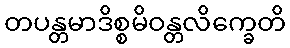
တပန္တမာဒိစ္စမိဝန္တလိက္ခေတိ